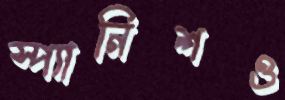
স্প্যানিশও